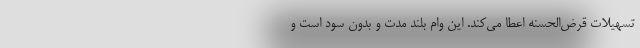
تسهیلات قرض‌الحسنه اعطا می‌کند. این وام بلند مدت و بدون سود است و